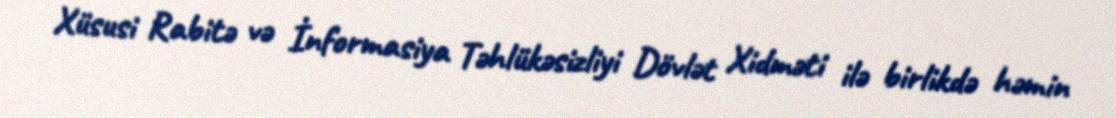
Xüsusi Rabitə və İnformasiya Təhlükəsizliyi Dövlət Xidməti ilə birlikdə həmin